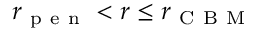
r _ { \mathrm { ~ p ~ e ~ n ~ } } < r \leq r _ { \mathrm { ~ C ~ B ~ M ~ } }